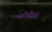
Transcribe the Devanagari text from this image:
परियोजनो